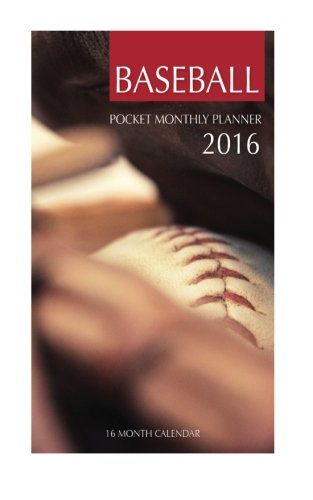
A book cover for Baseball Weekly Planner 2016: 16 Month Calendar; Jack Smith; Calendars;